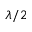
\lambda / 2